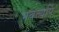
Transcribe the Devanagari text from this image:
भवत्यपि